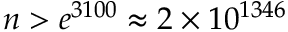
n > e ^ { 3 1 0 0 } \approx 2 \times 1 0 ^ { 1 3 4 6 }